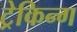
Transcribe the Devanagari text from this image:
ट्रेकिन्ग